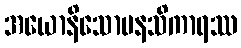
အယောနိသောမနသိကာရဿ